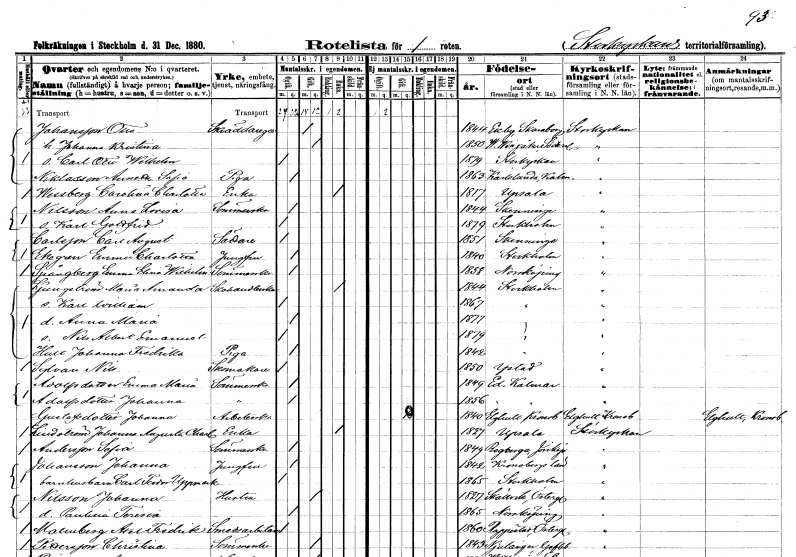
gt_parse: households: individuals: FN: Otto
EN: Johansson
YRKE: Skräddaregesäll
KON: M
CIV: G
FODAR: 1844
FODFORS: Ekby Skaraborgs län
FN: Johanna Kristina
KON: K
CIV: G
FODAR: 1850
FODFORS: Västra Vingåker Södermanlands län
FN: Carl Otto Wilhelm
KON: M
CIV: O
FODAR: 1879
FODFORS: Storkyrkoförsamlingen Stockholms stad
FN: Amanda Sofia
EN: Niklasson
YRKE: Piga
KON: K
CIV: O
FODAR: 1863
FODFORS: Karlslunda Kalmar län
FN: Carolina Charlotta
EN: Wessberg
YRKE: Änka
KON: K
CIV: E
FODAR: 1817
FODFORS: Uppsala Uppsala län
FN: Anna Lovisa
EN: Nilsson
YRKE: Sömmerska
KON: K
CIV: O
FODAR: 1844
FODFORS: Skänninge Östergötlands län
FN: Karl Gottfrid
KON: M
CIV: O
FODAR: 1879
FODFORS: Stockholm
FN: Carl August
EN: Carlsson
YRKE: Sättare
KON: M
CIV: O
FODAR: 1851
FODFORS: Skänninge Östergötlands län
FN: Emma Charlotta
EN: Ekegren
YRKE: Jungfru
KON: K
CIV: O
FODAR: 1840
FODFORS: Stockholm
FN: Emma Elina Wilhelmina
EN: Spångberg
YRKE: Sömmerska
KON: K
CIV: O
FODAR: 1858
FODFORS: Norrköping Östergötlands län
FN: Maria Amanda
EN: Ljungström
YRKE: Skohandlerska
KON: K
CIV: E
FODAR: 1844
FODFORS: Stockholm
FN: Karl William
KON: M
CIV: O
FODAR: 1867
FODFORS: Stockholm
FN: Anna Maria
KON: K
CIV: O
FODAR: 1877
FODFORS: Stockholm
FN: Nils Albert Emanuel
KON: M
CIV: O
FODAR: 1879
FODFORS: Stockholm
FN: Johanna Fredrika
EN: Hult
YRKE: Piga
KON: K
CIV: O
FODAR: 1842
FODFORS: Stockholm
FN: Nils
EN: Sylvan
YRKE: Skomakare
KON: M
CIV: O
FODAR: 1850
FODFORS: Ystad Malmöhus län
FN: Emma Maria
EN: Adolfsdotter
YRKE: Sömmerska
KON: K
CIV: O
FODAR: 1849
FODFORS: Ed Kalmar län
FN: Johanna
EN: Adolfsdotter
YRKE: Sömmerska
KON: K
CIV: O
FODAR: 1856
FODFORS: Ed Kalmar län
FN: Johanna
EN: Gustafsdotter
YRKE: Arbeterska
KON: K
CIV: G
FODAR: 1840
FODFORS: Älghult Kronobergs län
FN: Johanna Augusta Charlotta
EN: Lindström
YRKE: Änka
KON: K
CIV: E
FODAR: 1827
FODFORS: Uppsala Uppsala län
FN: Sofia
EN: Andersson
YRKE: Sömmerska
KON: K
CIV: O
FODAR: 1849
FODFORS: Rogberga Jönköpings län
FN: Johanna
EN: Johansson
YRKE: Jungfru
KON: K
CIV: O
FODAR: 1842
FN: Carl Teodor
EN: Uppmark
YRKE: Barnhusbarn
KON: M
CIV: O
FODAR: 1865
FODFORS: Stockholm
FN: Johanna
EN: Nilsson
YRKE: Hustru
KON: K
CIV: G
FODAR: 1827
FODFORS: Skällvik Östergötlands län
FN: Paulina Teresia
KON: K
CIV: O
FODAR: 1865
FODFORS: Norrköping Östergötlands län